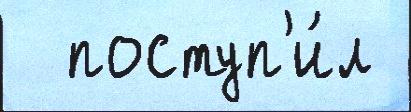
  поступ'и́л